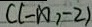
C ( - \infty , - 2 )